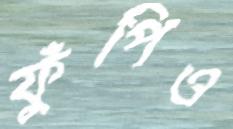
ফুঁপিও